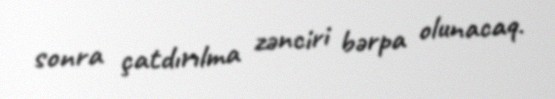
sonra çatdırılma zənciri bərpa olunacaq.